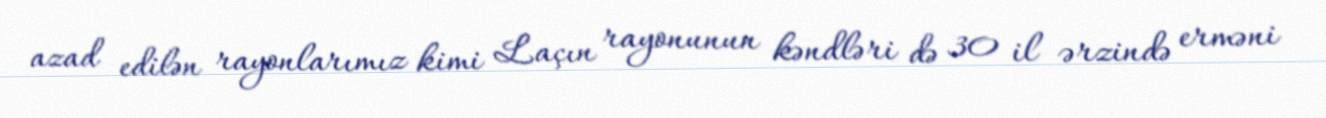
azad edilən rayonlarımız kimi Laçın rayonunun kəndləri də 30 il ərzində erməni